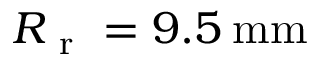
R _ { \mathrm { ~ r ~ } } = 9 . 5 \: \mathrm { m m }